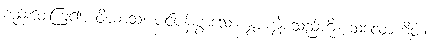
စည်းဝေးကြ၍။ ဝိဃာသံ၊ ပင်ပန်းစွာသော နွားကျွဲစသည်ကို။ သလောဟိတံ၊